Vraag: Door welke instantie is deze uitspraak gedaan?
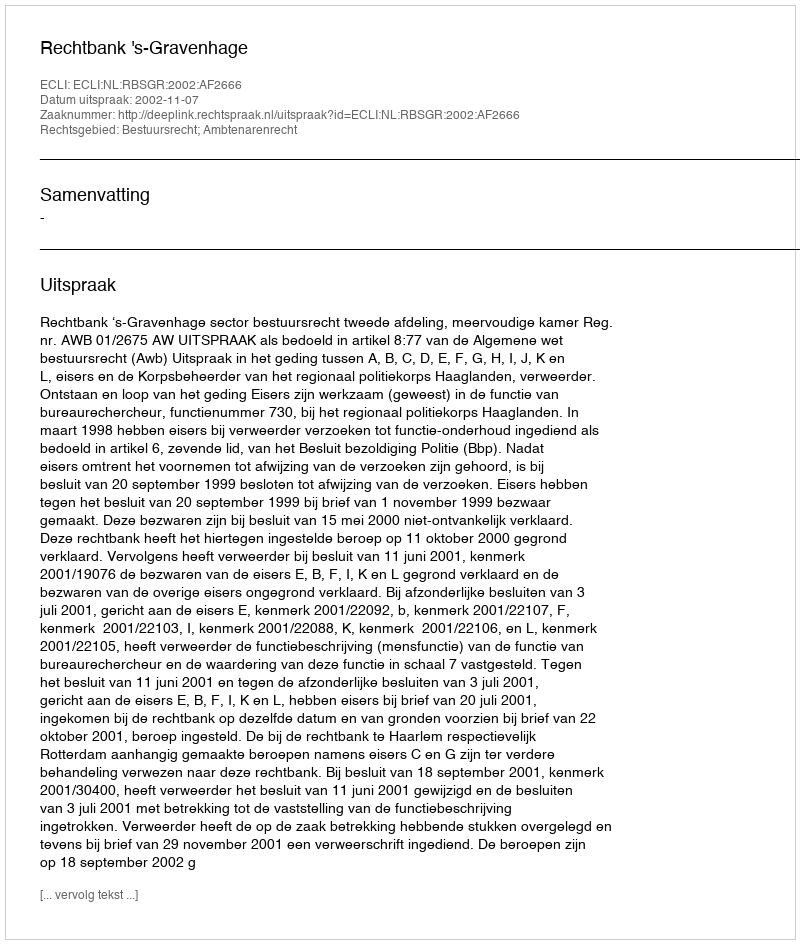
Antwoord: Rechtbank 's-Gravenhage